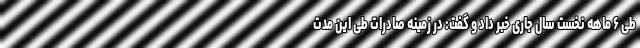
طی ۶ ماهه نخست سال جاری خبر داد و گفت: در زمینه صادرات طی این مدت